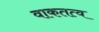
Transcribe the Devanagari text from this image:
वाकतत्व